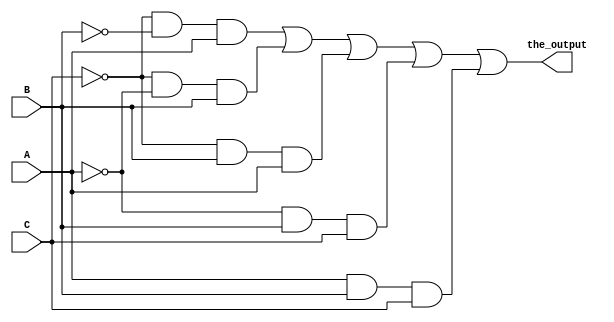
module my_first_circuit(the_output,A,B,C);
  
	input A, B, C ;
	output the_output;

	wire wire_1,wire_2,wire_3,wire_4,wire_5,wire_6,wire_7,wire_8,wire_9,wire_10,wire_11;


	not gate_not_1(wire_1,A);
	not gate_not_2(wire_3,B);
	not gate_not_3(wire_4,C);
	
	and gate_and_1(wire_2,wire_1,wire_3,wire_4);
	and gate_and_2(wire_5,wire_4,wire_3,A);
	and gate_and_3(wire_6,wire_4,wire_1,B);
	and gate_and_4(wire_7,wire_4,B,A);
	and gate_and_5(wire_8,wire_3,wire_1,C);
	and gate_and_6(wire_9,wire_3,C,A);
	and gate_and_7(wire_10,wire_1,B,C);
	and gate_and_8(wire_11,A,B,C);
	
	or gate_or_1(the_output,wire_5,wire_6,wire_7,wire_10,wire_11);

endmodule